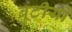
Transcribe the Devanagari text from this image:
बुटीयों